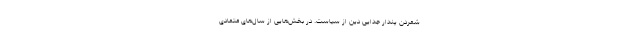
شمردن‌ پندار جدایی‌ دین‌ از سیاست. در بخش‌هایی‌ از سال‌های‌ متمادی‌